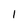
Character: 1